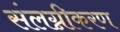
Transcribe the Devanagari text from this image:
संलग्नीकरण